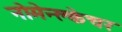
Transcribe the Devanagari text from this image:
नोमेन्क्लेचर